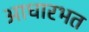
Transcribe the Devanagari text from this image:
आधारभत